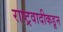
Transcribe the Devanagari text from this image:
राष्ट्रवादीकडून